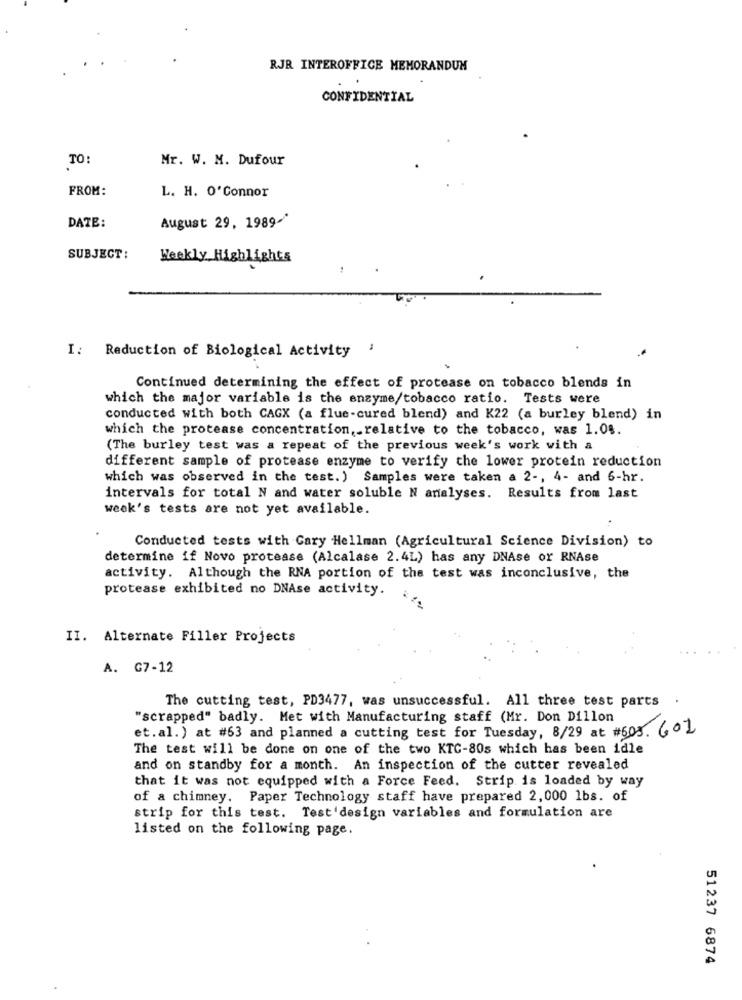
RJR INTEROFFICE MEMORANDUM
CONFIDENTIAL
TO:
Mr. W. M. Dufour
FROM:
L. H. O'Connor
August 29, 1989-
DATE:
SUBJECT :
Weekly Highlights
I: Reduction of Biological Activity
Continued determining the effect of protease on tobacco blends in
which the major variable is the enzyme/tobacco ratio. Tests were
conducted with both CAGX (a flue-cured blend) and K22 (a burley blend) in
which the protease concentration, relative to the tobacco, was 1.08.
(The burley test was a repeat of the previous week's work with a
different sample of protease enzyme to verify the lower protein reduction
which was observed in the test.) Samples were taken a 2 -, 4- and 6-hr.
intervals for total N and water soluble N analyses. Results from last
week's tests are not yet available.
Conducted tests with Gary Hellman (Agricultural Science Division) to
determine if Novo protease (Alcalase 2.4L) has any DNAse or RNAse
activity. Although the RNA portion of the test was inconclusive, the
protease exhibited no DNAse activity.
II. Alternate Filler Projects
A. G7-12
The cutting test, PD3477, was unsuccessful. All three test parts .
"scrapped" badly. Met with Manufacturing staff (Mr. Don Dillon
et. al. ) at #63 and planned a cutting test for Tuesday, 8/29 at #605. 601
The test will be done on one of the two KTC-80s which has been idle
and on standby for a month. An inspection of the cutter revealed
that it was not equipped with a Force Feed. Strip is loaded by way
of a chimney. Paper Technology staff have prepared 2,000 1bs. of
strip for this test. Test'design variables and formulation are
listed on the following page.
51237 6874